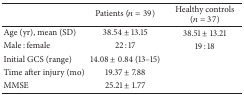
<table><thead><tr><td></td><td><b>Patients (<i>n</i> = 39)</b></td><td><b>Healthy controls (<i>n</i> = 37)</b></td></tr></thead><tbody><tr><td>Age (yr), mean (SD)</td><td>38.54 ± 13.15</td><td>38.51 ± 13.21</td></tr><tr><td>Male : female</td><td>22 : 17</td><td>19 : 18</td></tr><tr><td>Initial GCS (range)</td><td>14.08 ± 0.84 (13–15)</td><td> </td></tr><tr><td>Time after injury (mo)</td><td>19.37 ± 7.88</td><td> </td></tr><tr><td>MMSE</td><td>25.21 ± 1.77</td><td> </td></tr></tbody></table>